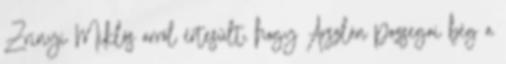
Zrínyi Miklós arról értesült, hogy Arszlán pozsegai bég a